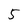
Character: 5